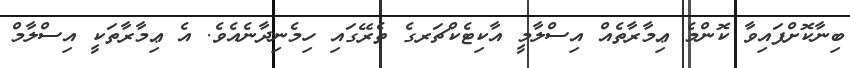
ބިނާކޮށްފައިވާ ކޮންމެ ޢިމާރާތެއް އިސްލާމީ އާކިޓެކްޗަރގެ ތެރޭގައި ހިމެނިދާނެއެވެ. އެ ޢިމާރާތަކީ އިސްލާމް